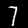
Digit: 7